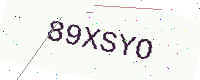
Text: 89XSYO